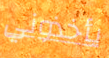
يأخذوني